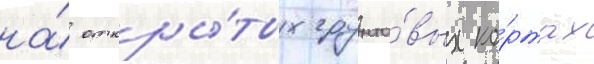
на́ откры́тых грунто́вых ко́ртах